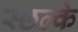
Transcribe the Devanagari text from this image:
स्छल्के